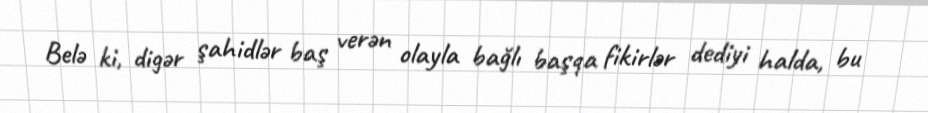
Belə ki, digər şahidlər baş verən olayla bağlı başqa fikirlər dediyi halda, bu